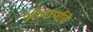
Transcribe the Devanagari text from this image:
औदार्याचे